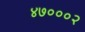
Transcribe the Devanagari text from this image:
४७०००२